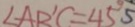
\angle A B ^ { \prime } C = 4 5 ^ { \circ } 5